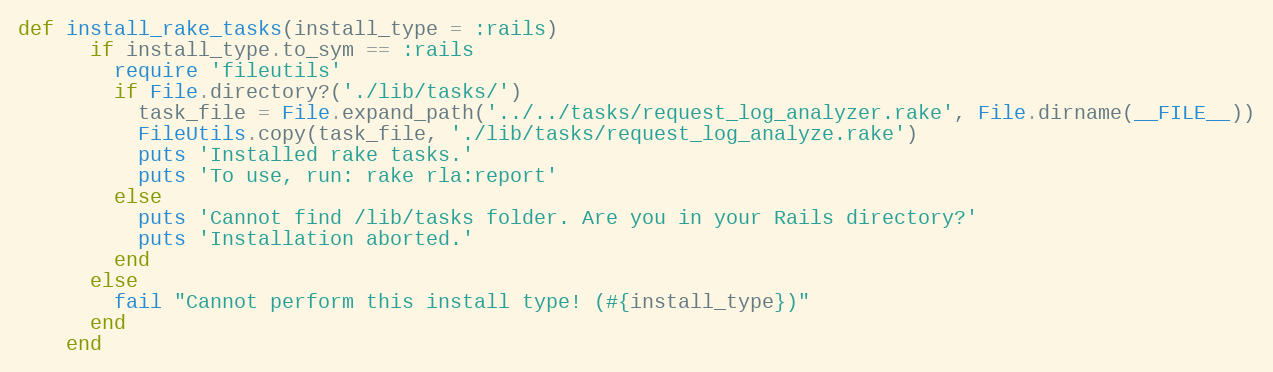
Language: Ruby
def install_rake_tasks(install_type = :rails)
      if install_type.to_sym == :rails
        require 'fileutils'
        if File.directory?('./lib/tasks/')
          task_file = File.expand_path('../../tasks/request_log_analyzer.rake', File.dirname(__FILE__))
          FileUtils.copy(task_file, './lib/tasks/request_log_analyze.rake')
          puts 'Installed rake tasks.'
          puts 'To use, run: rake rla:report'
        else
          puts 'Cannot find /lib/tasks folder. Are you in your Rails directory?'
          puts 'Installation aborted.'
        end
      else
        fail "Cannot perform this install type! (#{install_type})"
      end
    end